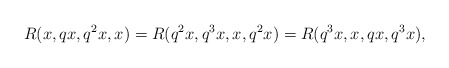
\begin{align*} R(x, qx, q^{2}x, x)=R(q^{2}x, q^{3}x, x, q^{2}x)=R(q^{3}x, x, qx, q^{3}x), \end{align*}